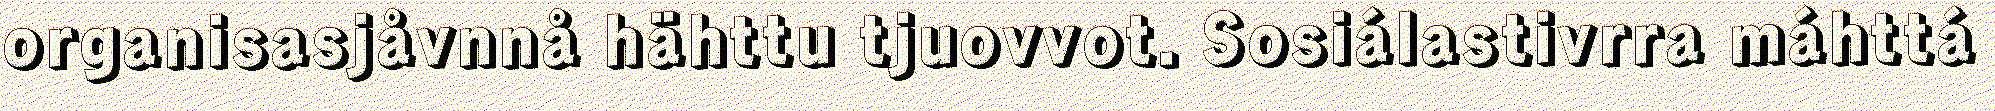
organisasjåvnnå hähttu tjuovvot. Sosiálastivrra máhttá